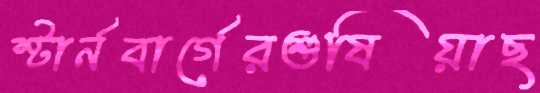
স্টার্নবার্গেরশুষিয়াছ